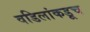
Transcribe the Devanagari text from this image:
वडिलांकडूच